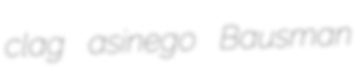
clag asinego Bausman